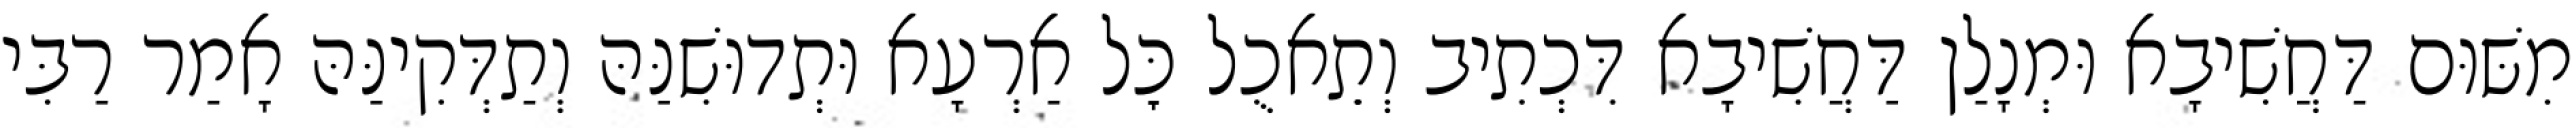
מִשּׁוּם דַּחֲשִׁיבָא וּמְנָלַן דַּחֲשִׁיבָא דִּכְתִיב וְתֵאכֻל כׇּל אַרְעָא וּתְדוּשִׁנַּהּ וְתַדְּקִינַּהּ אָמַר רַבִּי